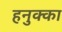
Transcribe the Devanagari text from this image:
हनुक्का